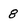
Character: 8